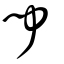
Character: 聞